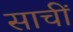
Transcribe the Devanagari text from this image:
साचीं